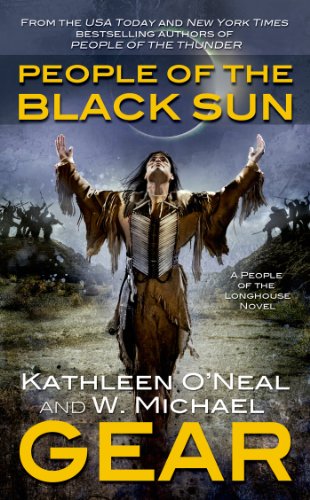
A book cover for People of the Black Sun: A People of the Longhouse Novel (North America's Forgotten Past); W. Michael Gear; Literature & Fiction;